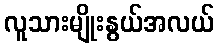
လူသားမျိုးနွယ်အလယ်